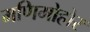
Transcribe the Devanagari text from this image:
मणिमोहोर